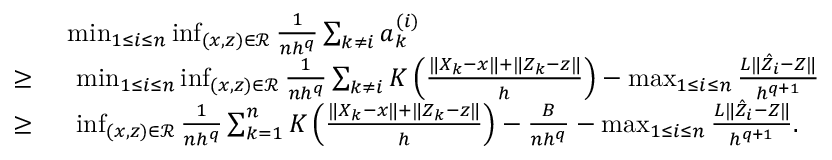
\begin{array} { r l } & { \operatorname* { m i n } _ { 1 \leq i \leq n } \operatorname* { i n f } _ { ( x , z ) \in \mathcal { R } } \frac { 1 } { n h ^ { q } } \sum _ { k \neq i } a _ { k } ^ { ( i ) } } \\ { \geq \ } & { \ \operatorname* { m i n } _ { 1 \leq i \leq n } \operatorname* { i n f } _ { ( x , z ) \in \mathcal { R } } \frac { 1 } { n h ^ { q } } \sum _ { k \neq i } K \left( \frac { \| X _ { k } - x \| + \| Z _ { k } - z \| } { h } \right) - \operatorname* { m a x } _ { 1 \leq i \leq n } \frac { L \| \hat { Z } _ { i } - Z \| } { h ^ { q + 1 } } } \\ { \geq \ } & { \ \operatorname* { i n f } _ { ( x , z ) \in \mathcal { R } } \frac { 1 } { n h ^ { q } } \sum _ { k = 1 } ^ { n } K \left( \frac { \| X _ { k } - x \| + \| Z _ { k } - z \| } { h } \right) - \frac { B } { n h ^ { q } } - \operatorname* { m a x } _ { 1 \leq i \leq n } \frac { L \| \hat { Z } _ { i } - Z \| } { h ^ { q + 1 } } . } \end{array}